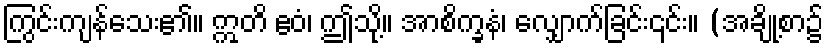
ကြွင်းကျန်သေး၏။ ဣတိ ဧဝံ၊ ဤသို့။ အာစိက္ခနံ၊ လျှောက်ခြင်း၎င်း။ (အချို့စာ၌